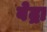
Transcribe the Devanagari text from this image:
बेद्रा